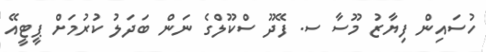
ހުސައިން ފިޔާޒު މޫސާ ސ. ފޭދޫ ސްކޫލްގެ ނަން ބަދަލު ކުރުމަށް ޕީޓީއޭ